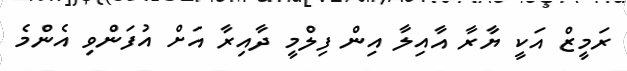
ރަމީޒް އަކީ ޔާރާ އާއިލާ އިން ފިލްމީ ދާއިރާ އަށް އުފަންވި އެންމެ